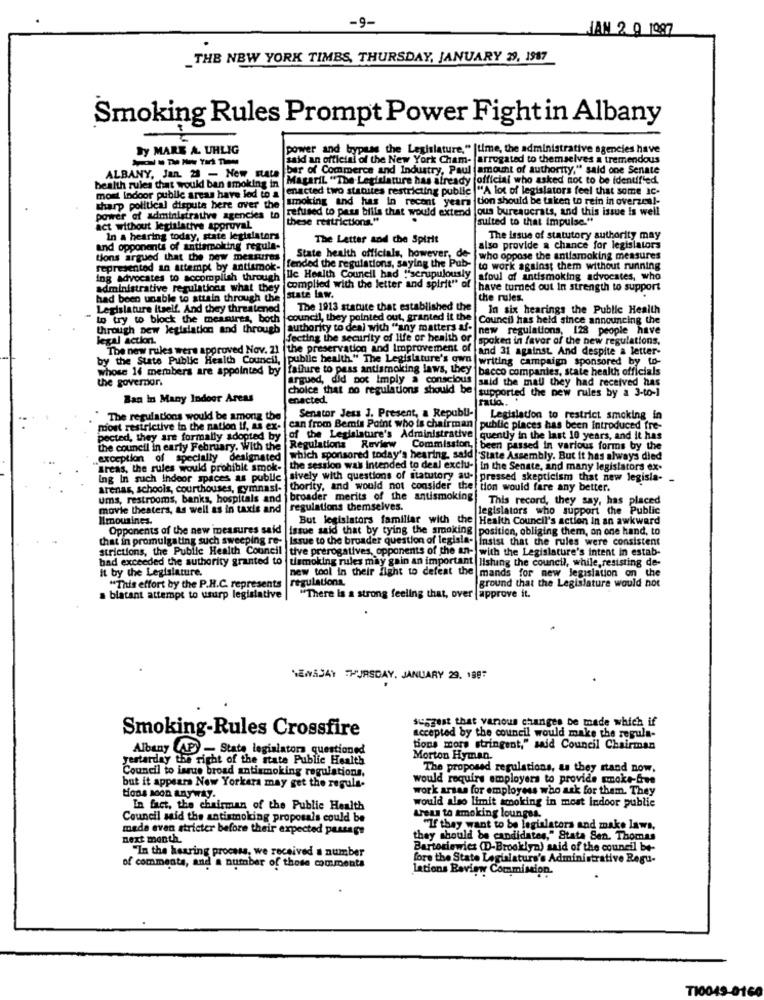
-9-
JAN 2 0 1997
_THE NEW YORK TIMES, THURSDAY, JANUARY 29, 1987
Smoking Rules Prompt Power Fight in Albany
By MARE A. UHLIG
power and bypass the Legislature," [time, the administrative agencies have
said an official of the New York Cham- [arrogated to themselves a tremendous
bir of Commerce and Industry, Paul amount of authority," said one Senate
ALBANY, Jan. 21 - New sata
MagariL "The Legislature has already official who asked not to be identified.
health rules that would ban smoking in
enacted two stacuites restricting public |"A lot of legislators feel that some IC-
most indoor public areas have led to a
smoking and has In recent years tion should be taken to rein in overzen !-
sharp political disputa bere over the
power of administrative agencies to refused to pass bills that would extend ous bureaucrats, and this issue is well
these restrictions."
suited to that impulse."
act without legislative approval
In a hearing today, state legislators
The Letter and the Spirit
The Issue of statutory authority may
and opponents of antiamoking regula-
also provide a chance for legislators
tions argued that the new measure
State health officials, however, de |who oppose the antismoking measures
represented an attempt by antiamok-
fended the regulations, saying the Pub-
to work against them without running
ing advocates to accomplish through
lle Health Council had "scrupulously |afoul of antismoking advocates, who
administrative regulations what they
complied with the letter and spirit" of
have turned out In strength to support
had been unable to attain through the
state law.
the rules.
Legislature Itself. And they threatened
The 1913 statute that established the
In six hearings the Public Health
to try to block the messines, both
council, they pointed out, granted it the |Council has held since announcing the
through new legislation and through authority to deal with "any matters af-
new regulations, 128 people have
legal action.
fecting the security of life of health of |spoken in favor of the new regulations.
The new rules were approved Nov. 21 (the preservation and Improvement of and 31 against And despite a letter-
by the State Public Health Council, public health" The Legislature's own
writing campaign sponsored by to-
whose 14 members are appointed by |failure to pass antismoking laws, they |bacco companies, state health officials
the governor.
argued, did not Imply > conscious |said the mall they had received has
choice that no regulations should be
supported the new rules by a 3-to-]
Ban In Many Indoor Areas
enacted.
Senator Jess J. Present, a Republi-
The regulations would be among the
Legislation to restrict smoking in
most restrictive in the nation if, as ex- | can from Bemis Point who is chairman
public places has been Introduced fre-
pected, they are formally adopted by |of the Legislature's Administrative
quently in the last 10 years, and it has
the council in early February. With the
Regulations
Review Commission, been passed in various forms by the
exception of specially designated
which sponsored today's hearing, said "State Assembly. But it has always died
Areas, the rules would prohibit smok- the session was intended to deal exclu-
In the Senate, and many legislators ex-
Ing In such Indoor spaces as public
sively with questions of statutory au- pressed skepticism that new legisla-
arenas, schools, courthouses, gymnasi- |thority, and would not consider the tion would fare any better.
ums, restrooms, banks, hospitals and
broader merits of the antismoking
This record, they say, has placed
movie theaters, as well as in taxis and
regulations themselves.
legislators who support the Public
Imousines.
But legislators familiar with the
Health Council's action In an awkward
Opponents of the new measures said
Issue said that by tying the amaking |position, obliging them, on one hand, to
that in promulgating such sweeping re-
Issue to the broader question of legisla-
Insist that the rules were consistent
strictions, the Public Health Council
tive prerogatives, opponents of the an- with the Legislature's intent in estab-
had exceeded the authority granted to
tismoking rules may gain an important
listing the council, while, resisting de-
It by the Legislature.
new tool in their fight to defeat the
regulations.
mands for new legislation on the
ground that the Legislature would not
"This effort by the P.H.C. represents
a blatant attempt to usurp legislative
"There is a strong feeling that, over | approve it.
WENSDAY THURSDAY, JANUARY 29. 198
suggest that vanous changes be made which if
Smoking-Rules Crossfire
accepted by the council would make the regula-
Albany (AP) - State legislators questioned
tions mors stringent," said Council Chairman
yestarday the right of the state Public Health
Morton Hyman.
The proposed regulations, as they stand now,
Council to isrue broad antismoking regulations.
but it appears New Yorkera may get the regula-
would require employers to provide smoke-due
work arsas for employees who ask for them. They
Hons Moon anyway.
would also limit smoking in most Indoor publie
In fact, the chairman of the Public Health
Council said the antismoking proposals could be
Areus to smoking lounges.
meda even stricter before their expected passage
"If they want to be legislators and make laws,
next month.
they should be candidates," Stata Sen. Thomas
"In the hearing process, we received a number
Bartosiewicz (D-Brooklyn) said of the council be-
fore the State Legislature's Administrative Regu-
of comments, and a number of those comments
lations Review Commission.
TI0049-016